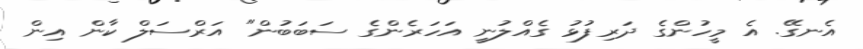
އެނގޭ. އެ މީހުންގެ ދަރިފުޅު ގެއްލުނީ އަހަރެންގެ ސަބަބުން" އަރްސަލް ކާން އިން